Indian journal of veterinary science and animal husbandry - Volume 14,
Year: 1944
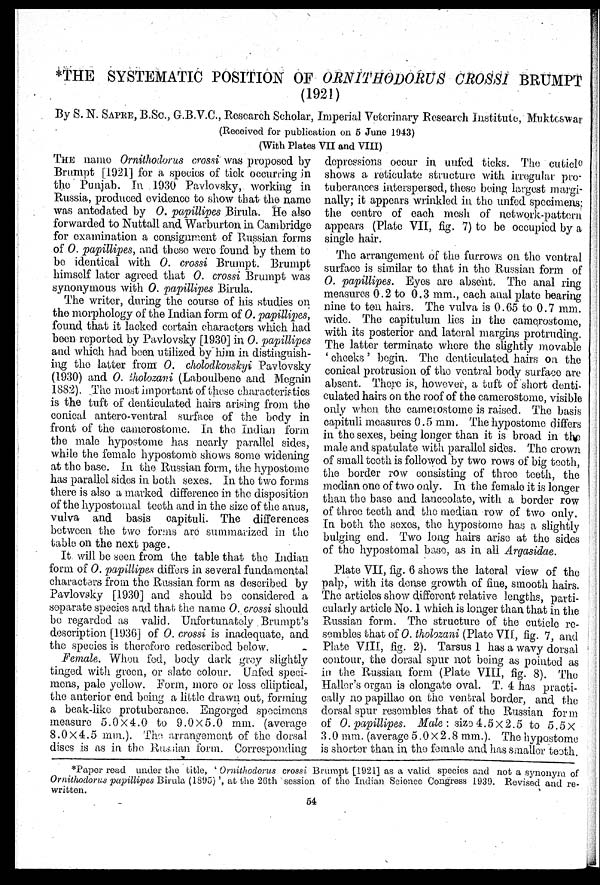
*THE SYSTEMATIC POSITION OF ORNITHODORUS CROSSI BRUMPT
(1921)
By S. N. SAPRE, B.Sc., G.B.V.C., Research Scholar, Imperial Veterinary Research Institute, Mukteswar
(Received for publication on 5 June 1943)
(With Plates VII and VIII)
THE name Ornithodorus crossi was proposed by
Brumpt [1921] for a species of tick occurring in
the Punjab. In 1930 Pavlovsky, working in
Russia, produced evidence to show that the name
was antedated by O. papillipes Birula. He also
forwarded to Nuttall and Warburton in Cambridge
for examination a consignment of Russian forms
of O. papillipes, and these were found by them to
be identical with O. crossi Brumpt. Brumpt
himself later agreed that O. crossi Brumpt was
synonymous with O. papillipes Birula.
The writer, during the course of his studies on
the morphology of the Indian form of O. papillipes,
found that it lacked certain characters which had
been reported by Pavlovsky [1930] in O. papillipes
and which had been utilized by him in distinguish-
ing the latter from O. cholodkovskyi Pavlovsky
(1930) and O. tholozani (Laboulbene and Megnin
1882). The most important of these characteristics
is the tuft of denticulated hairs arising from the
conical antero-ventral surface of the body in
front of the camerostome. In the Indian form
the male hypostome has nearly parallel sides,
while the female hypostome shows some widening
at the base. In the Russian form, the hypostome
has parallel sides in both sexes. In the two forms
there is also a marked difference in the disposition
of the hypostomal teeth and in the size of the anus,
vulva and basis capituli. The differences
between the two forms are summarized in the
table on the next page.
It will be seen from the table that the Indian
form of O. papillipes differs in several fundamental
characters from the Russian form as described by
Pavlovsky [1930] and should be considered a
separate species and that the name O. crossi should
be regarded as valid. Unfortunately Brumpt's
description [1936] of O. crossi is inadequate, and
the species is therefore redescribed below.
Female. When fed, body dark grey slightly
tinged with green, or slate colour. Unfed speci-
mens, pale yellow. Form, more or less eliiptical,
the anterior end being a little drawn out, forming
a beak-like protuberance. Engorged specimens
measure 5.0 × 4.0 to 9.0 × 5.0 mm. (average
8.0 × 4.5 mm.). The arrangement of the dorsal
dises is as in the Russian form. Corresponding
depressions occur in unfed ticks. The cuticle
shows a reticulate structure with irregular pro-
tuberances interspersed, these being largest margi-
nally; it appears wrinkled in the unfed specimens,
the centre of each mesh of network-pattern
appears (Plate VII, fig. 7) to be occupied by a
single hair.
The arrangement of the furrows on the ventral
surface is similar to that in the Russian form of
O. papillipes. Eyes are absent. The anal ring
measures 0.2 to 0.3 mm., each anal plate bearing
nine to ten hairs. The vulva is 0.65 to 0.7 mm.
wide. The capitulum lies in the camerostome,
with its posterior and lateral margins protruding.
The latter terminate where the slightly movable
' cheeks' begin. The denticulated hairs on the
conical protrusion of the ventral body surface are
absent. There is, however, a tuft of short denti-
culated hairs on the roof of the camerostome, visible
only when the camerostome is raised. The basis
capituli measures 0.5 mm. The hypostome differs
in the sexes, being longer than it is broad in the
male and spatulate with parallel sides. The crown
of small teeth is followed by two rows of big teeth,
the border row consisting of three teeth, the
median one of two only. In the female it is longer
than the base and lanccolate, with a border row
of three teeth and the median row of two only.
In both the sexes, the hypostome has a slightly
bulging end. Two long hairs arise at the sides
of the hypostomal base, as in all Argasidae.
Plate VII, fig. 6 shows the lateral view of the
palp, with its dense growth of fine, smooth hairs.
The articles show different relative lengths, parti-
cularly article No. 1 which is longer than that in the
Russian form. The structure of the cuticle re-
sembles that of O. tholozani (Plate VII, fig. 7, and
Plate VIII, fig. 2). Tarsus 1 has a wavy dorsal
contour, the dorsal spur not being as pointed as
in the Russian form (Plate VIII, fig. 8). The
Haller's organ is clongate oval. T. 4 has practi-
cally no papillao on the ventral border, and
of O. papillipes. Male : size 4.5 × 2.5 to 5.5 ×
3.0 mm. (average 5.0 × 2.8 mm.). The hypostome
is shorter than in the female and has smaller teeth.
* Paper read under the title, ' Ornithodorus crossi Brumpt [1921] as a valid species and not a synonym of
Ornithodorus papillipes Birula (1895)', at the 26th session of the Indian Science Congress 1939. Revised and re-
written.
54